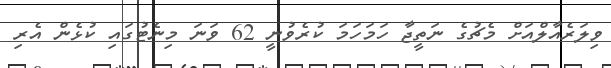
ވިލަރެއާލްއަށް މެޗުގެ ނަތީޖާ ހަމަހަމަ ކުރެވުނީ 62 ވަނަ މިނެޓުގައި ކުޅެން އެރި